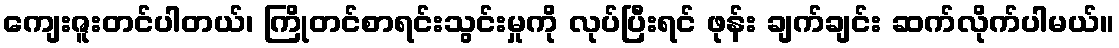
ကျေးဇူးတင်ပါတယ်၊ ကြိုတင်စာရင်းသွင်းမှုကို လုပ်ပြီးရင် ဖုန်း ချက်ချင်း ဆက်လိုက်ပါမယ်။